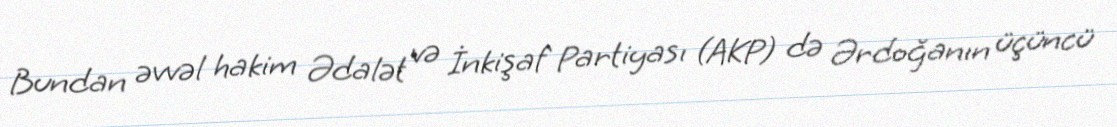
Bundan əvvəl hakim Ədalət və İnkişaf Partiyası (AKP) də Ərdoğanın üçüncü